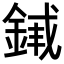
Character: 𬫣